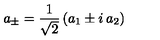
a _ { \pm } = { \frac { 1 } { \sqrt 2 } } \left( a _ { 1 } \pm i \: a _ { 2 } \right)